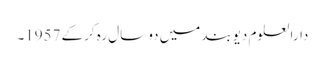
دارالعلوم دیوبند میں دو سال رہ کرکے 1957۔